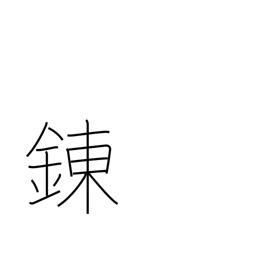
Meaning: tempering